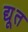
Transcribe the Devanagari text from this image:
द्यू्त